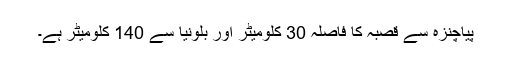
پیاچنزہ سے قصبہ کا فاصلہ 30 کلومیٹر اور بلونیا سے 140 کلومیٹر ہے۔